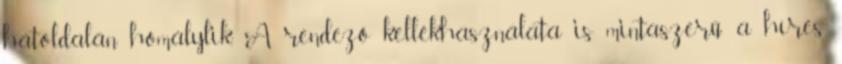
hátoldalán homálylik. A rendező kellékhasználata is mintaszerű: a híres